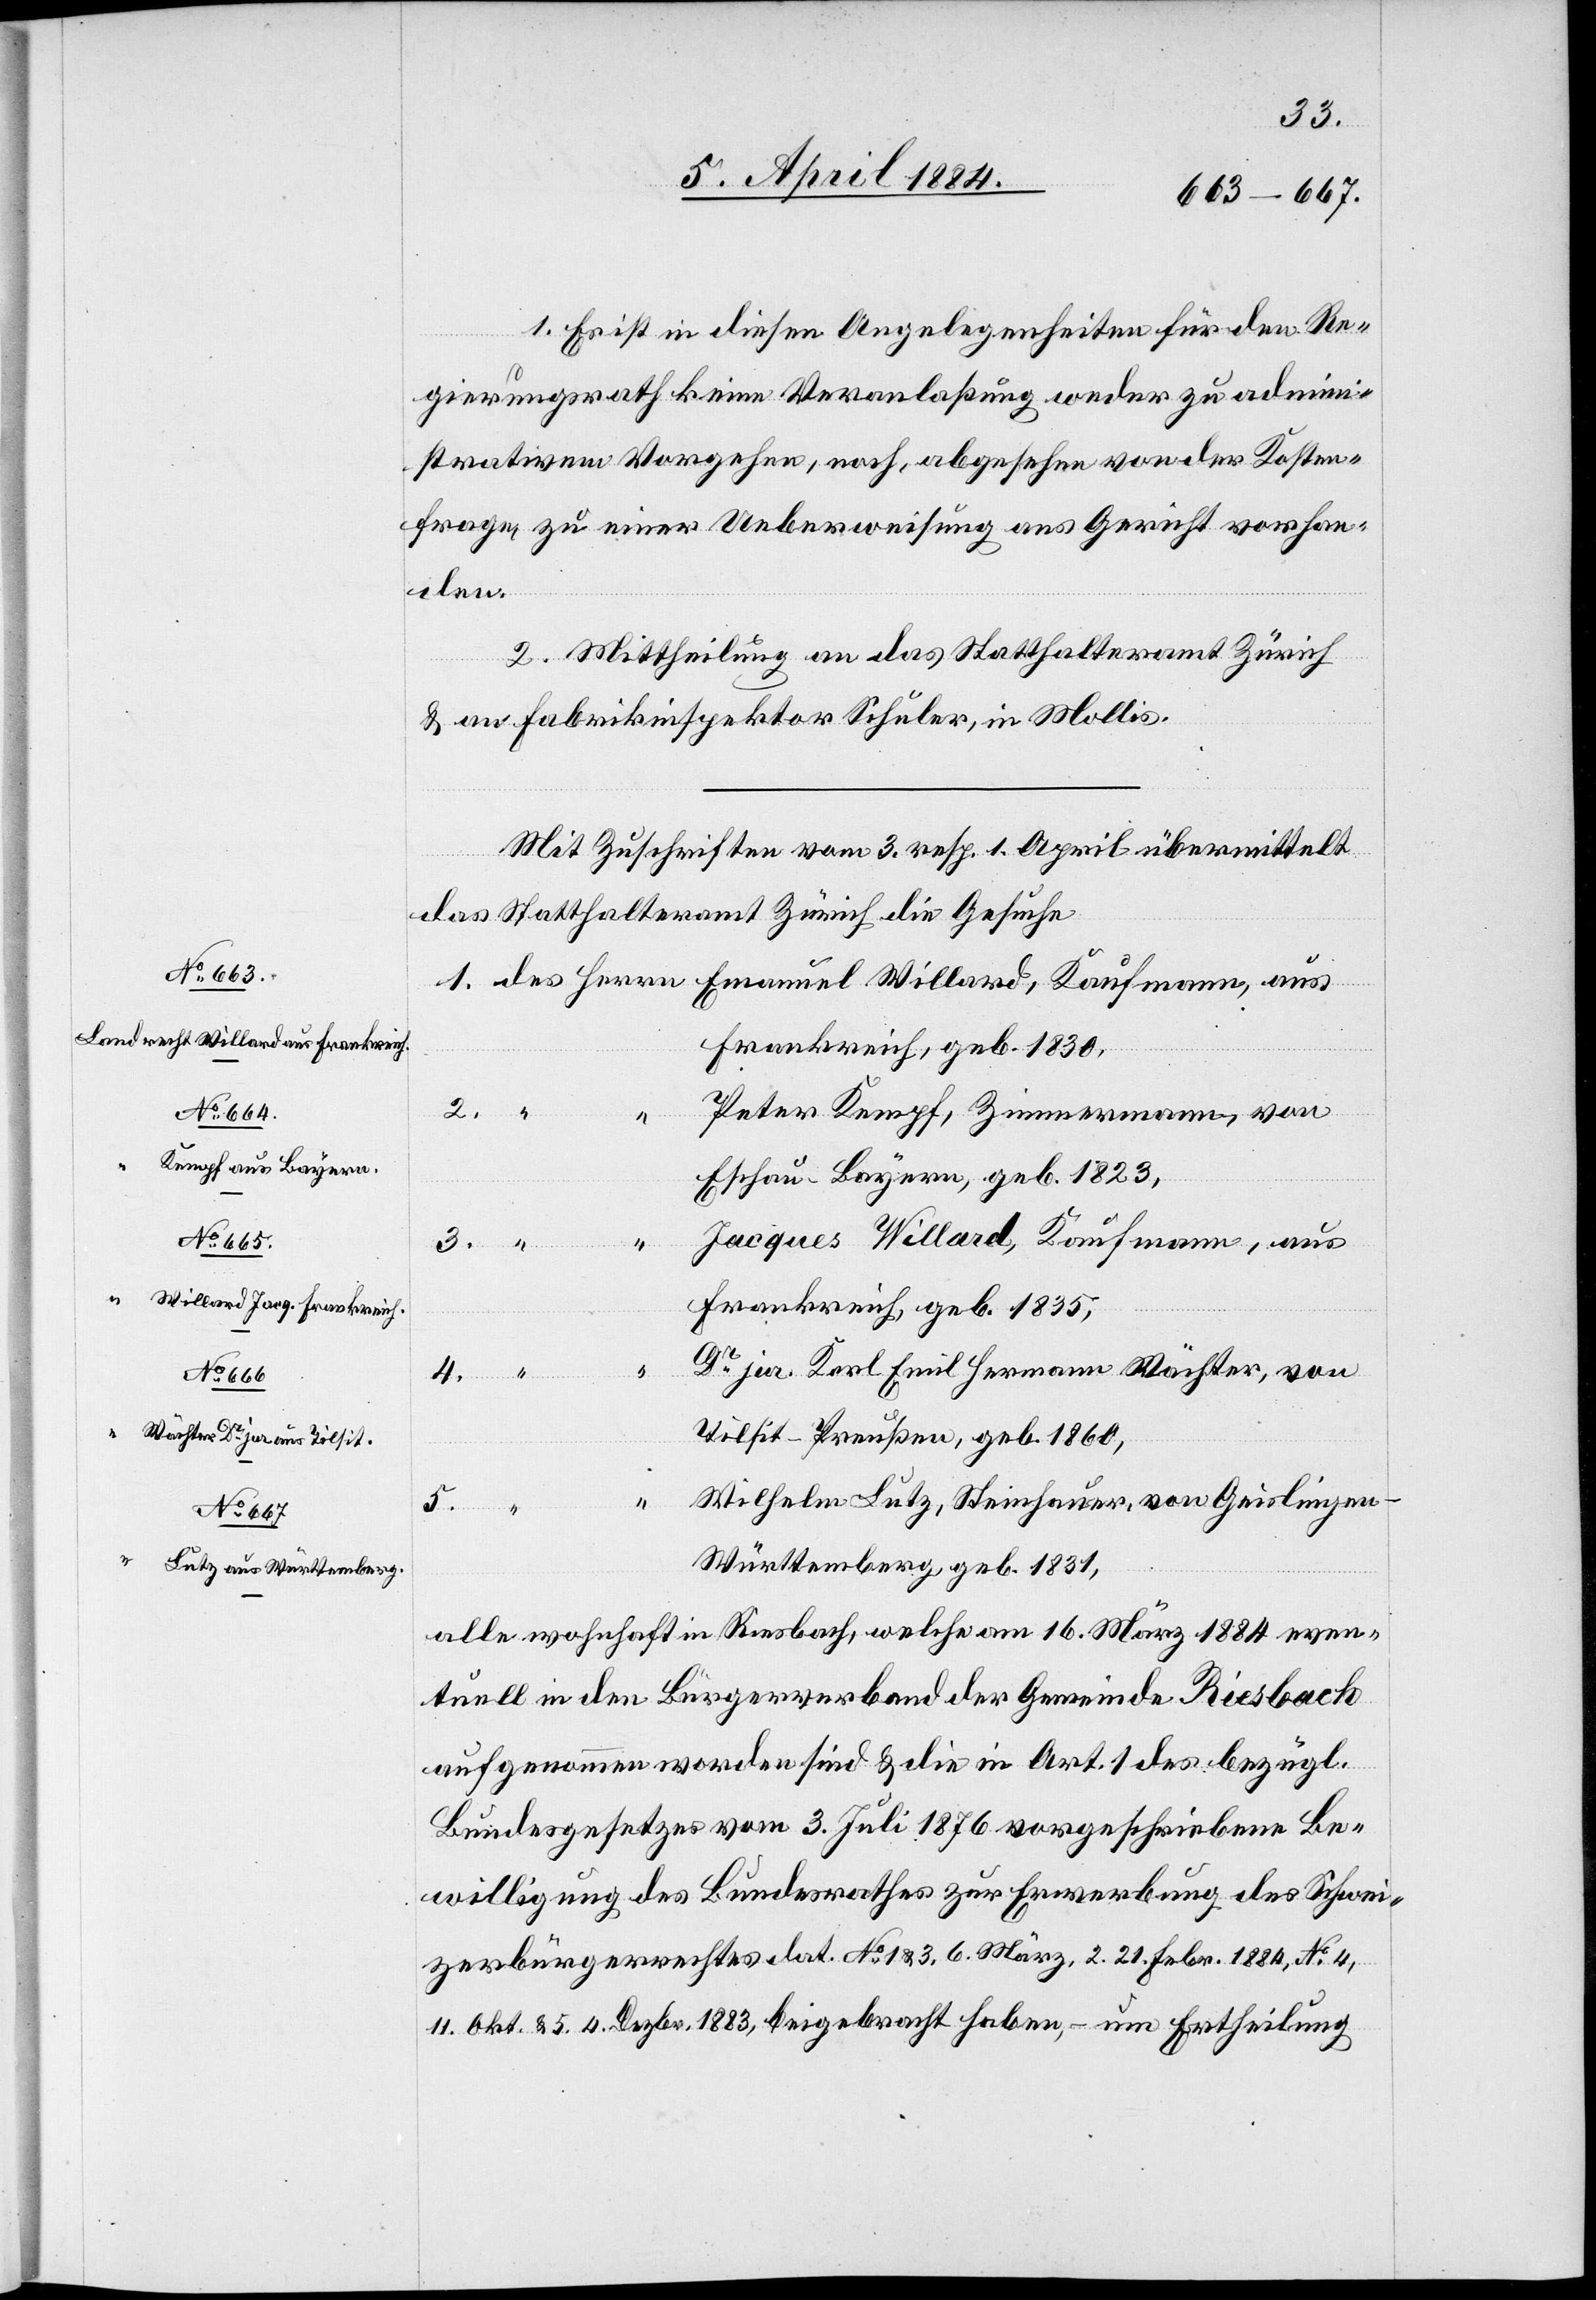
1. Es ist in diesen Angelegenheiten für den Re¬
gierungsrath keine Veranlaßung weder zu admini¬
strativen Vorgehen, noch, abgesehen von der Kosten¬
frage, zu einer Ueberweisung ans Gericht vorhan¬
den.
2. Mittheilung an das Statthalteramt Zürich
& an Fabrikinspektor Schuler, in Mollis.
Mit Zuschrift vom 3. resp. 1. April übermittelt
das Statthalteramt Zürich die Gesuche
1. des Herren Emanuel Willard, Kaufmann aus
Frankreich, geb. 1830.
2.
Peter Krempf, Zimmermann, von
Eschau - Bayern, geb. 1823,
Jacques Willard, Kaufmann, aus
Frankreich, geb. 1835,
Dr jur. Karl Emil Hermann Wächter, von
Tilsit - Preußen, geb. 1860,
Wilhelm Lutz, Steinhauer, von Geislingen
4.
5.
Herrn]
Württemberg, geb. 1831.
alle wohnhaft in Riesbach, welche am 16. März 1884 even¬
tuell in den Bürgerverband der Gemeinde Riesbach
aufgenommen worden sind & die in Art. 1 des bezügl.
Bundesgesetzes vom 3. Juli 1876 vorgeschriebene Be¬
willigung des Bundesrathes zur Erwerbung des Schwei¬
zerbürgerrechtes dat. No 1 & 3, 6. März, 2, 21. Febr. 1884, No 4,
11. Okt. & 5, 4. Dezbr. 1883, beigebracht haben, – um Ertheilung